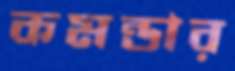
কমন্ডার